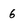
Character: 6